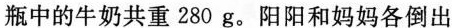
瓶中的牛奶共重280g。阳阳和妈妈各倒出